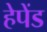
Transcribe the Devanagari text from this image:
हेपेंड